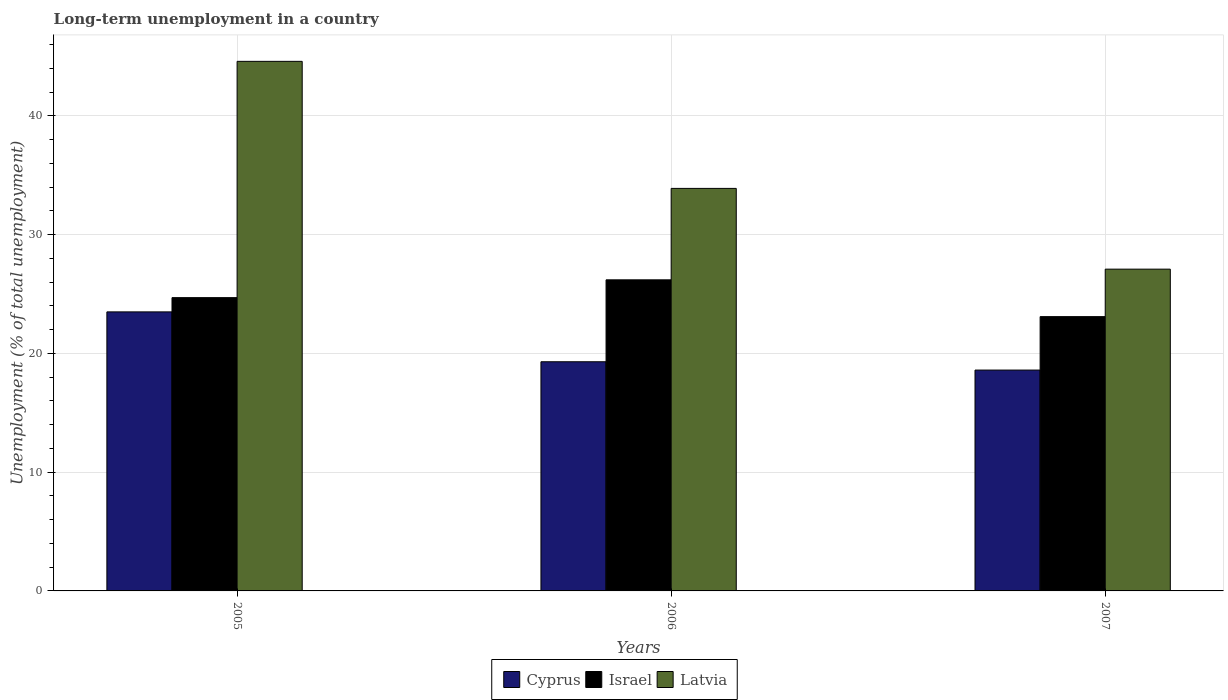
| Years | Cyprus | Israel | Latvia |
 | --- | --- | --- | --- |
 | 2005 | 23.5 | 24.7 | 44.6 |
 | 2006 | 19.3 | 26.2 | 33.9 |
 | 2007 | 18.6 | 23.1 | 27.1 |